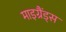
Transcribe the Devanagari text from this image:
माइग्रैंड्स